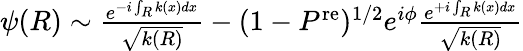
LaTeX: \begin{array}{r}{\psi(R)\sim\frac{e^{-i\int_{R}k(x)dx}}{\sqrt{k(R)}}-(1-P^{\mathrm{re}})^{1/2}e^{i\phi}\frac{e^{+i\int_{R}k(x)dx}}{\sqrt{k(R)}}}\end{array}